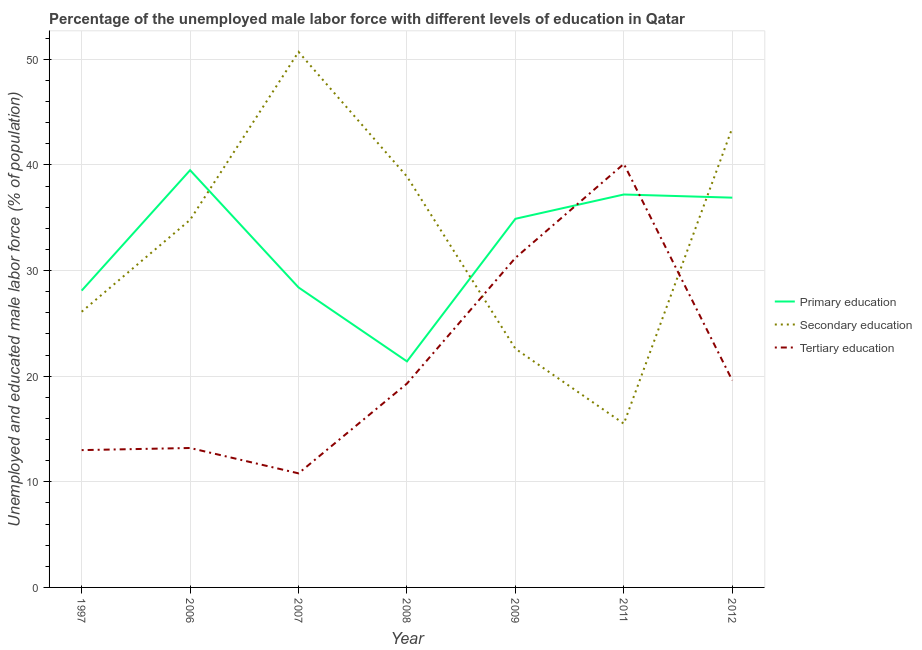
| Year | Primary education | Secondary education | Tertiary education |
 | --- | --- | --- | --- |
 | 1997 | 28.1 | 26.1 | 13 |
 | 2006 | 39.5 | 34.8 | 13.2 |
 | 2007 | 28.4 | 50.7 | 10.8 |
 | 2008 | 21.4 | 38.9 | 19.3 |
 | 2009 | 34.9 | 22.6 | 31.2 |
 | 2011 | 37.2 | 15.5 | 40.1 |
 | 2012 | 36.9 | 43.5 | 19.6 |